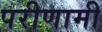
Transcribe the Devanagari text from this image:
परीणामी